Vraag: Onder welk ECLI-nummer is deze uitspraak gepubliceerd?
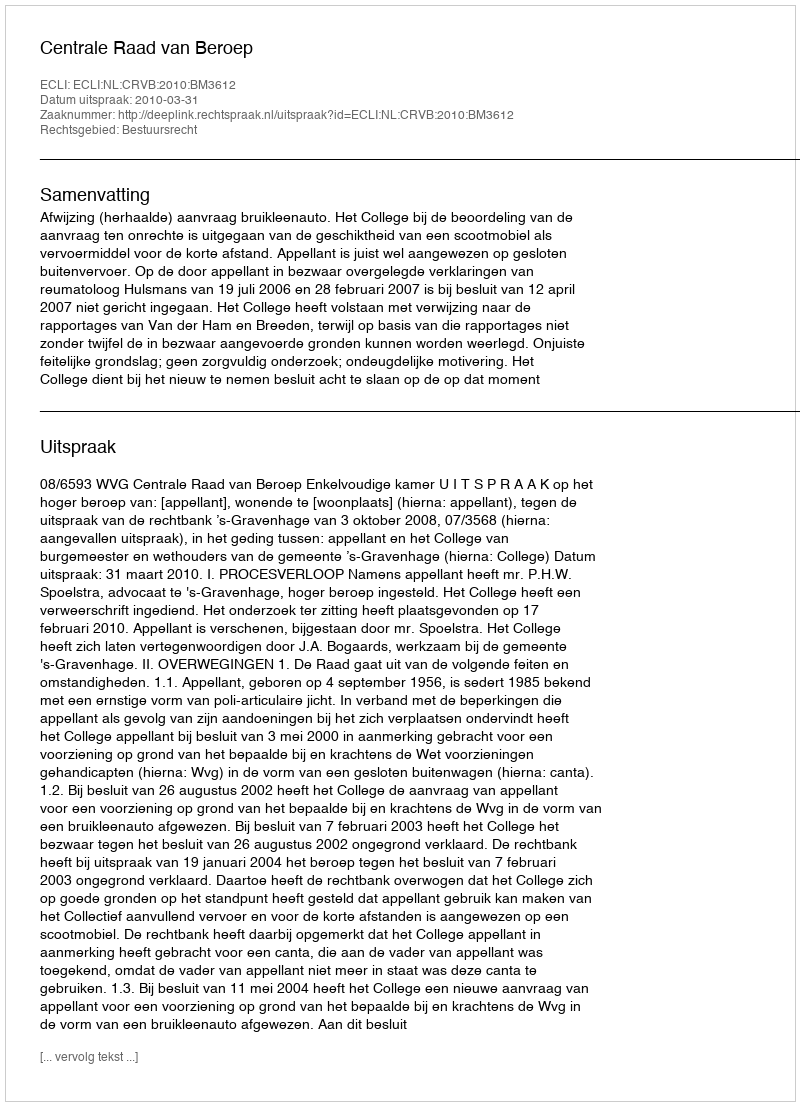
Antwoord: ECLI:NL:CRVB:2010:BM3612